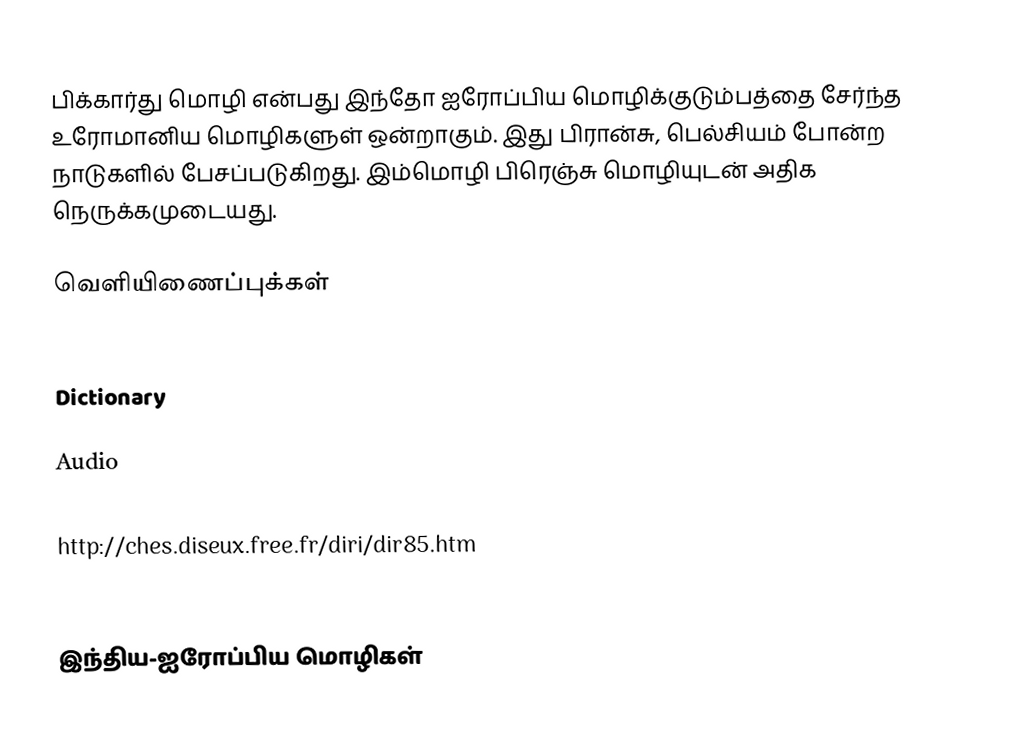
பிக்கார்து மொழி என்பது இந்தோ ஐரோப்பிய மொழிக்குடும்பத்தை சேர்ந்த உரோமானிய மொழிகளுள் ஒன்றாகும். இது பிரான்சு, பெல்சியம் போன்ற நாடுகளில் பேசப்படுகிறது. இம்மொழி பிரெஞ்சு மொழியுடன் அதிக நெருக்கமுடையது.

வெளியிணைப்புக்கள்

 Ech Lanchron
  Dictionary

Audio
http://ches.diseux.free.fr/sons/d85.mp3
http://ches.diseux.free.fr/diri/dir85.htm
Centre de Ressources pour la Description de l'Oral (CRDO) ( http://www.language-archives.org/language/pcd  )

இந்திய-ஐரோப்பிய மொழிகள்